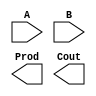
module WTM(A, B, Prod, Cout);
	input [3:0] A;
	input [3:0] B;
	output Prod;
	output Cout;



endmodule